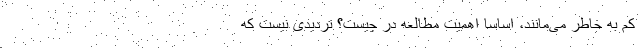
کم به خاطر می‌مانند، اساساً اهمیت مطالعه در چیست؟ تردیدی نیست که